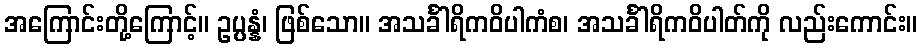
အကြောင်းတို့ကြောင့်။ ဥပ္ပန္နံ၊ ဖြစ်သော။ အသင်္ခါရိကဝိပါကံစ၊ အသင်္ခါရိကဝိပါတ်ကို လည်းကောင်း။